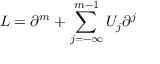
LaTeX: L = \partial ^ { m } + \sum _ { j = - \infty } ^ { m - 1 } U _ { j } \partial ^ { j }